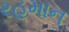
રહમાન